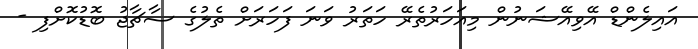
އައިލެންޑް އޭވިއޭޝަނުން މިއަހަރުތެރޭ ހަތަރު ވަނަ ފަހަރަށް ތެލުގެ ސާޗާޖު ބޮޑުކޮށްފި -